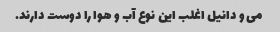
می و دانیل اغلب این نوع آب و هوا را دوست دارند.